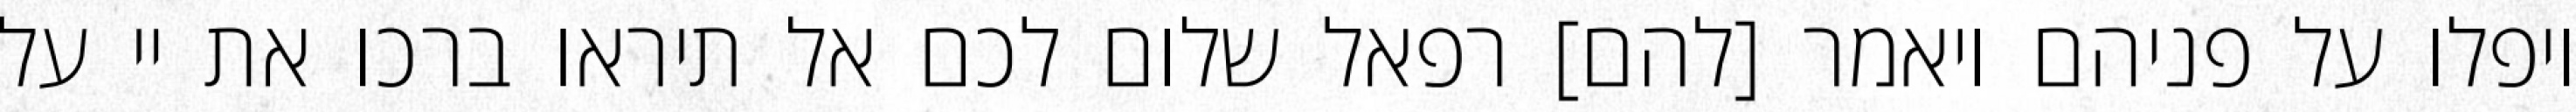
ויפלו על פניהם ויאמר [להם] רפאל שלום לכם אל תיראו ברכו את יי על